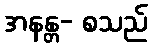
အနန္တ- စသည်